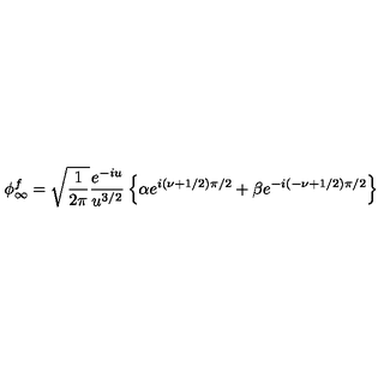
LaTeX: \phi _ { \infty } ^ { f } = \sqrt { \frac { 1 } { 2 \pi } } { \frac { e ^ { - i u } } { u ^ { 3 / 2 } } } \left\{ \alpha e ^ { i ( \nu + 1 / 2 ) \pi / 2 } + \beta e ^ { - i ( - \nu + 1 / 2 ) \pi / 2 } \right\}